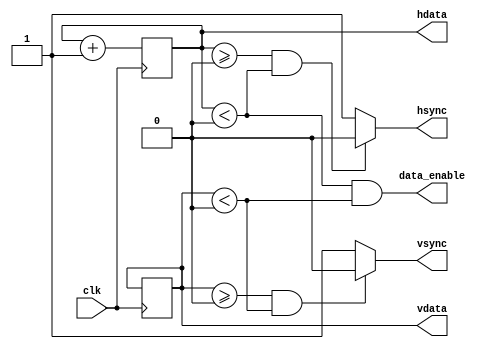
`timescale 1ns / 1ps
//
// WIDTH: bits in register hdata & vdata
// HSIZE: horizontal size of visible field 
// HFP: horizontal front of pulse
// HSP: horizontal stop of pulse
// HMAX: horizontal max size of value
// VSIZE: vertical size of visible field 
// VFP: vertical front of pulse
// VSP: vertical stop of pulse
// VMAX: vertical max size of value
// HSPP: horizontal synchro pulse polarity (0 - negative, 1 - positive)
// VSPP: vertical synchro pulse polarity (0 - negative, 1 - positive)
//
module vga #(
    parameter WIDTH = 0,
    HSIZE = 0,
    HFP = 0,
    HSP = 0,
    HMAX = 0,
    VSIZE = 0,
    VFP = 0,
    VSP = 0,
    VMAX = 0,
    HSPP = 0,
    VSPP = 0
) (
    input wire clk,
    output wire hsync,
    output wire vsync,
    output reg [WIDTH - 1:0] hdata,
    output reg [WIDTH - 1:0] vdata,
    output wire data_enable
);

  // hdata
  always @(posedge clk) begin
    if (hdata == (HMAX - 1)) hdata <= 0;
    else hdata <= hdata + 1;
  end

  // vdata
  always @(posedge clk) begin
    if (hdata == (HMAX - 1)) begin
      if (vdata == (VMAX - 1)) vdata <= 0;
      else vdata <= vdata + 1;
    end
  end

  // hsync & vsync & blank
  assign hsync = ((hdata >= HFP) && (hdata < HSP)) ? HSPP : !HSPP;
  assign vsync = ((vdata >= VFP) && (vdata < VSP)) ? VSPP : !VSPP;
  assign data_enable = ((hdata < HSIZE) & (vdata < VSIZE));

endmodule